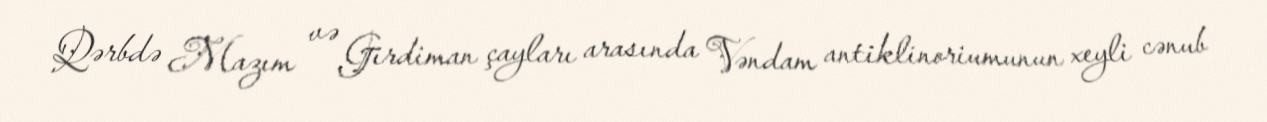
Qərbdə Mazım və Girdiman çayları arasında Vəndam antiklinoriumunun xeyli cənub